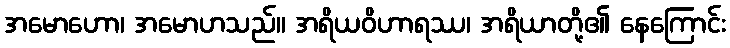
အမောဟော၊ အမောဟသည်။ အရိယဝိဟာရဿ၊ အရိယာတို့၏ နေကြောင်း